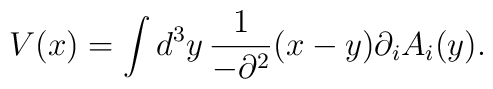
V(x)=\int d^3y\,\frac{1}{-\partial ^2}(x-y)\partial _iA_i(y),